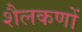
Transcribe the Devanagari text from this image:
शैलकणों